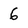
Character: 6